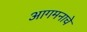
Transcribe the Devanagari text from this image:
आगमनाचे